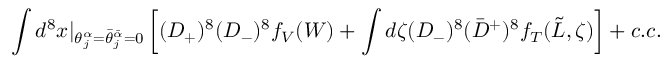
\int d ^ { 8 } x \vert _ { \theta _ { j } ^ { \alpha } = \bar { \theta } _ { j } ^ { \bar { \alpha } } = 0 } \left[ ( D _ { + } ) ^ { 8 } ( D _ { - } ) ^ { 8 } f _ { V } ( W ) + \int d \zeta ( D _ { - } ) ^ { 8 } ( \bar { D } ^ { + } ) ^ { 8 } f _ { T } ( \tilde { L } , \zeta ) \right] + c . c .